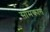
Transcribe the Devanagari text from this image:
सोमकांत